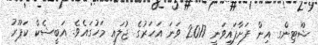
ޝޫޓިންގ އިން ފަށާފައިވަނީ 2017 ވަނަ އަހަރުގެ ޖުލައި މަހުގައެވެ. އަބީޝެކް ކަޕޫރު